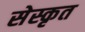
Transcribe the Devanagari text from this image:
सेस्कृत